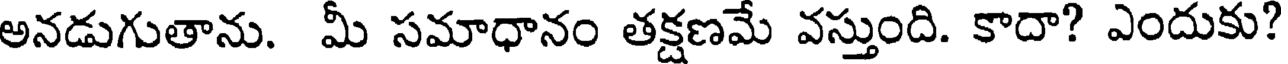
అనడుగుతాను. మీ సమాధానం తక్షణమే వస్తుంది. కాదా? ఎందుకు?